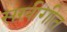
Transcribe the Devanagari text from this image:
सखीगीत